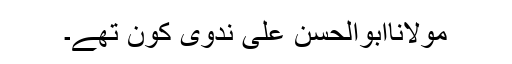
مولاناابوالحسن علی ندوی کون تھے۔